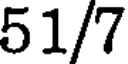
51/7